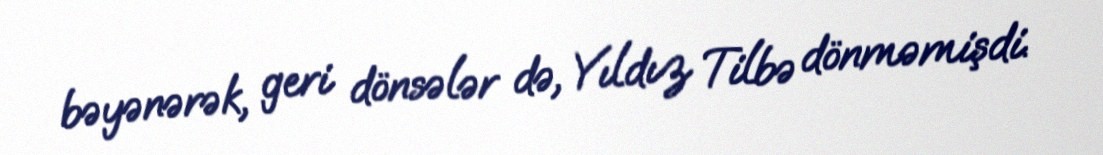
bəyənərək, geri dönsələr də, Yıldız Tilbə dönməmişdi.